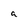
Character: a